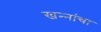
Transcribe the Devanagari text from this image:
खन्‍नांचा